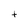
Character: t